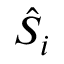
\hat { S } _ { i }